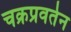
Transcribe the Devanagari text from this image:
चक्रप्रवर्तन